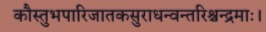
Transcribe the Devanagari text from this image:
कौस्तुभपारिजातकसुराधन्वन्तरिश्चन्द्रमाः।